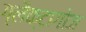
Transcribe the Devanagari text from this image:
ग्लैक्टागोज